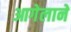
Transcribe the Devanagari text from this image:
आगेलाने